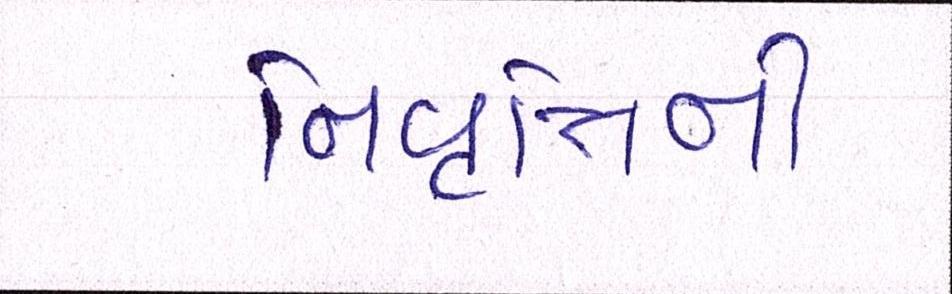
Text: નિવૃત્તિની